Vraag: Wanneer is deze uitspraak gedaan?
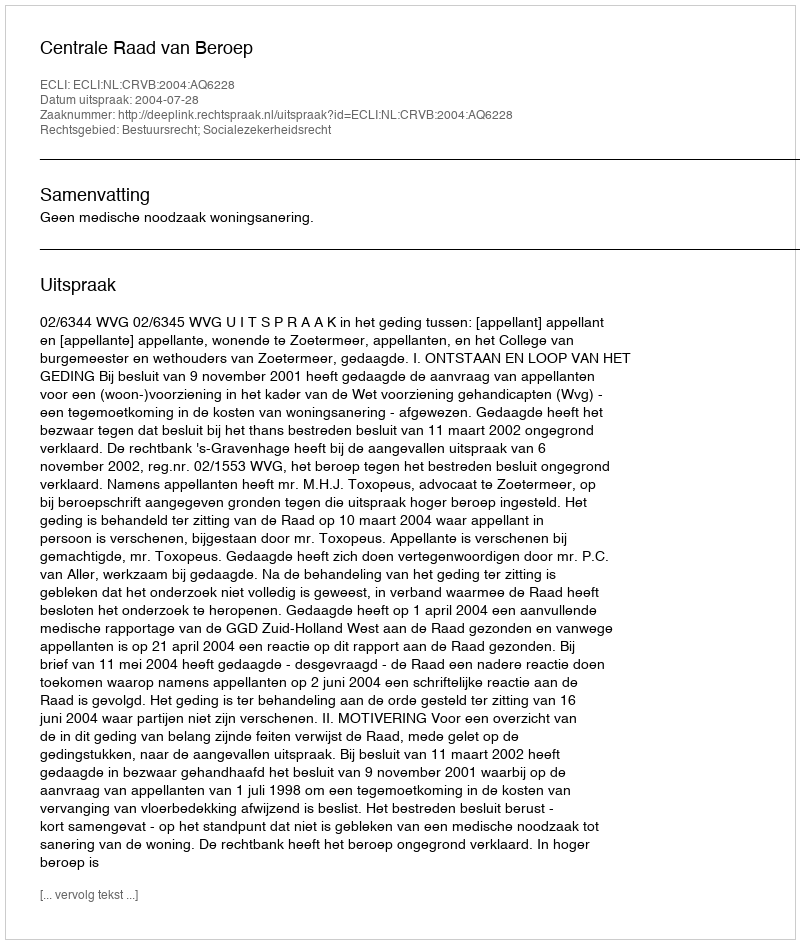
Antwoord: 2004-07-28